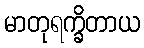
မာတုရက္ခိတာယ